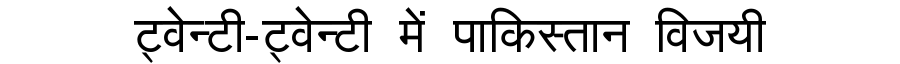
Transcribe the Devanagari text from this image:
ट्वेन्टी-ट्वेन्टी में पाकिस्तान विजयी